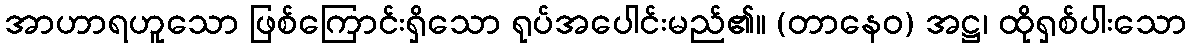
အာဟာရဟူသော ဖြစ်ကြောင်းရှိသော ရုပ်အပေါင်းမည်၏။ (တာနေဝ) အဋ္ဌ၊ ထိုရှစ်ပါးသော